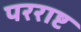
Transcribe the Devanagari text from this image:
परराष्ट